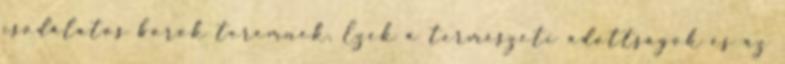
csodálatos borok teremnek. Ezek a természeti adottságok és az